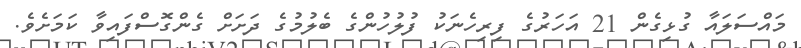
މައްސަލައާ ގުޅިގެން 21 އަހަރުގެ ފިރިހެނަކު ފުލުހުންގެ ބެލުމުގެ ދަށަށް ގެންގޮސްފައިވާ ކަމަށެވެ.